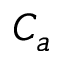
C _ { a }